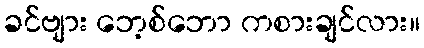
ခင်ဗျား ဘေ့စ်ဘော ကစားချင်လား။